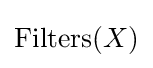
\operatorname {Filters} (X)